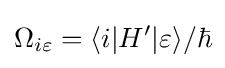
\Omega _{i\varepsilon }=\langle i|H'|\varepsilon \rangle /\hbar